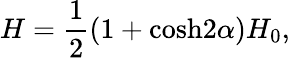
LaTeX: H={\frac{1}{2}}(1+\mathrm{cosh}2\alpha)H_{0},